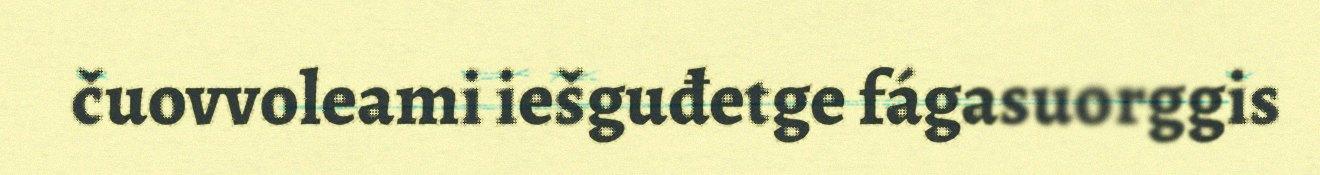
čuovvoleami iešguđetge fágasuorggis